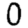
Digit: 0